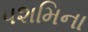
પશમિના